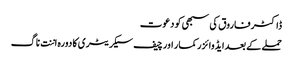
ڈاکٹر فاروق کی سبھی کو دعوت
حملے کے بعدایڈوائزر کمار اور چیف سیکریٹری کا دورہ اننت ناگ